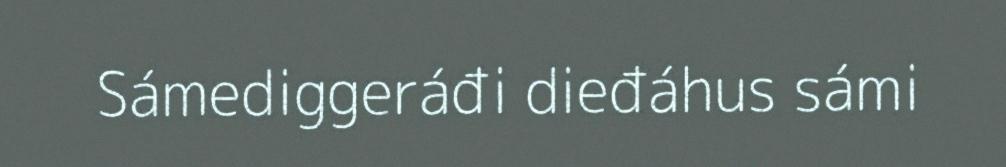
Sámediggeráđi dieđáhus sámi